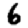
Digit: 6